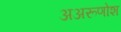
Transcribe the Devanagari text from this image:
अअरूणोश